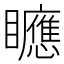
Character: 𥌾